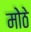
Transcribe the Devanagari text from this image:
मोेठे